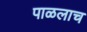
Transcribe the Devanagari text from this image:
पाळलाच